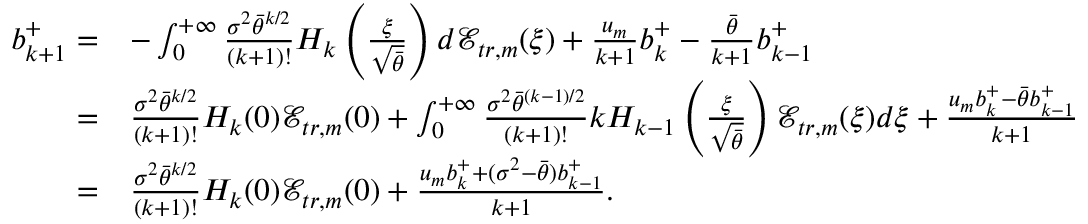
\begin{array} { r l } { b _ { k + 1 } ^ { + } = } & { - \int _ { 0 } ^ { + \infty } \frac { \sigma ^ { 2 } \bar { \theta } ^ { k / 2 } } { ( k + 1 ) ! } H _ { k } \left( \frac { \xi } { \sqrt { \bar { \theta } } } \right) d \mathcal { E } _ { t r , m } ( \xi ) + \frac { u _ { m } } { k + 1 } b _ { k } ^ { + } - \frac { \bar { \theta } } { k + 1 } b _ { k - 1 } ^ { + } } \\ { = } & { \frac { \sigma ^ { 2 } \bar { \theta } ^ { k / 2 } } { ( k + 1 ) ! } H _ { k } ( 0 ) \mathcal { E } _ { t r , m } ( 0 ) + \int _ { 0 } ^ { + \infty } \frac { \sigma ^ { 2 } \bar { \theta } ^ { ( k - 1 ) / 2 } } { ( k + 1 ) ! } k H _ { k - 1 } \left( \frac { \xi } { \sqrt { \bar { \theta } } } \right) \mathcal { E } _ { t r , m } ( \xi ) d \xi + \frac { u _ { m } b _ { k } ^ { + } - \bar { \theta } b _ { k - 1 } ^ { + } } { k + 1 } } \\ { = } & { \frac { \sigma ^ { 2 } \bar { \theta } ^ { k / 2 } } { ( k + 1 ) ! } H _ { k } ( 0 ) \mathcal { E } _ { t r , m } ( 0 ) + \frac { u _ { m } b _ { k } ^ { + } + ( \sigma ^ { 2 } - \bar { \theta } ) b _ { k - 1 } ^ { + } } { k + 1 } . } \end{array}